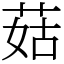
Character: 菇